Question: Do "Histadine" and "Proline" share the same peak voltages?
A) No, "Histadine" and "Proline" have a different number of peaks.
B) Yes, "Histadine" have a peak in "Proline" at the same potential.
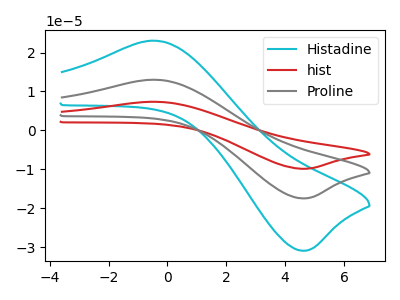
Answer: <think>The cyan curve "Histadine" has an anodic peak at (-0.50V, 23.05uA) and a cathodic peak at (4.55V, -30.95uA). The red curve "hist" has an anodic peak at (-0.50V, 26.05uA) and a cathodic peak at (4.55V, -34.95uA). The gray curve "Proline" has an anodic peak at (-0.50V, 13.00uA) and a cathodic peak at (4.55V, -17.45uA).</think>
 <answer>B) Yes, "Histadine" have a peak in "Proline" at the same potential.</answer>
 <eval>B</eval>